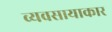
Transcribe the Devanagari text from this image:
व्यवसायाकार